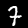
Digit: 7